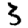
Digit: 3